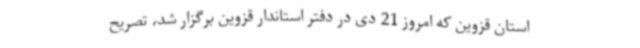
استان قزوین که امروز 21 دی در دفتر استاندار قزوین برگزار شد، تصریح